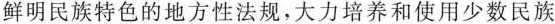
鲜明民族特色的地方性法规，大力培养和使用少数民族